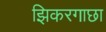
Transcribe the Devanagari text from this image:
झिकरगाछा